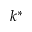
k ^ { * }